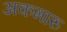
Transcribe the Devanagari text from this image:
अकमारु